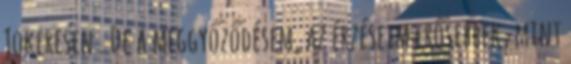
Jokeresen . De a meggyőződésem, az érzéseim erősebbek, mint